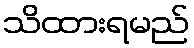
သိထားရမည်